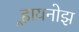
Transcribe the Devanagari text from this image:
र्‍हायनोझ